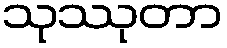
သုဿုတာ